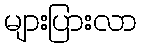
များပြားလာ